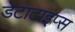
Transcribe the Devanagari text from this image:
डेटाटाइप्स